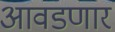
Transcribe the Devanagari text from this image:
आवडणारं